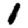
Digit: 1